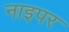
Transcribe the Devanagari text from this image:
नाइपर